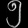
Digit: ၅